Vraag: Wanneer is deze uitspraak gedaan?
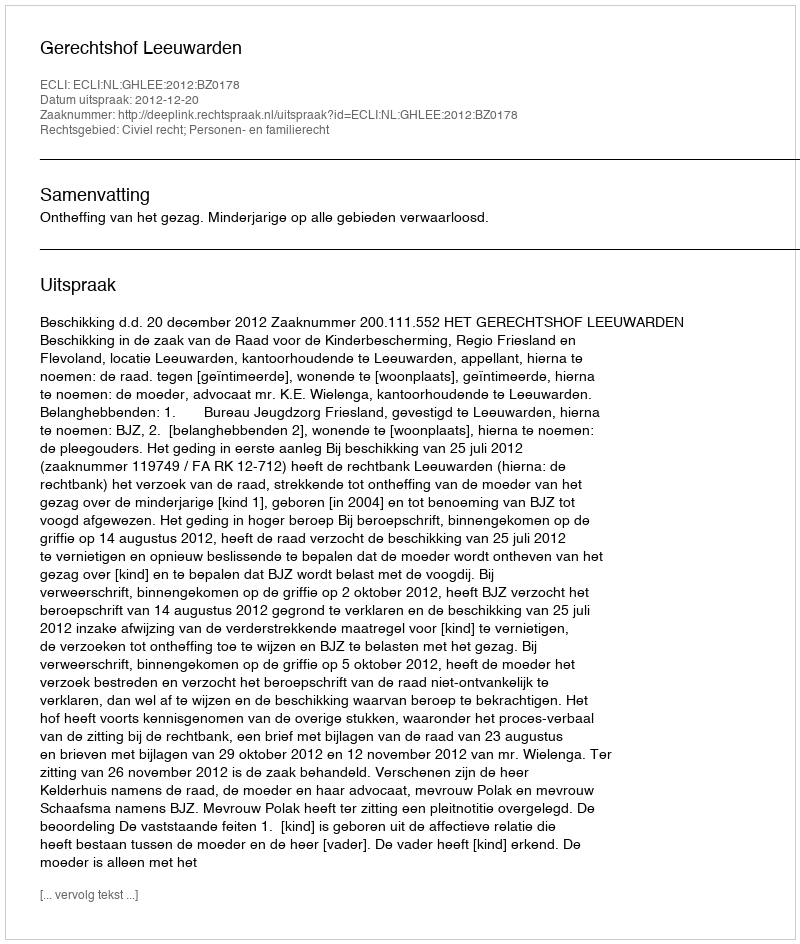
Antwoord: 2012-12-20